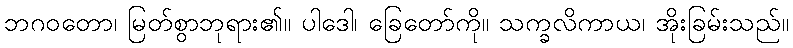
ဘဂဝတော၊ မြတ်စွာဘုရား၏။ ပါဒေါ၊ ခြေတော်ကို။ သက္ခလိကာယ၊ အိုးခြမ်းသည်။